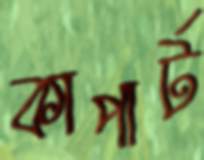
কাপার্ট